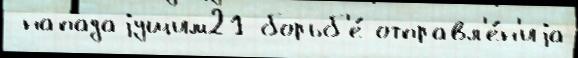
 нападаjущим21 борьб'е́ отправл'е́н'иjа